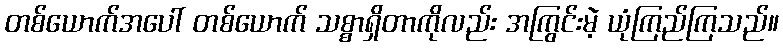
တစ်ယောက်အပေါ် တစ်ယောက် သစ္စာရှိတာကိုလည်း အကြွင်းမဲ့ ယုံကြည်ကြသည်။